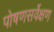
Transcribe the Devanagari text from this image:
पोषणसर्वेक्षण